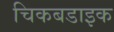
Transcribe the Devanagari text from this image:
चिकबडाइक